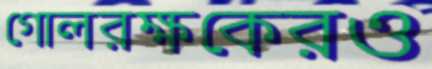
গোলরক্ষকেরও